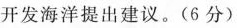
开发海洋提出建议。(6分)